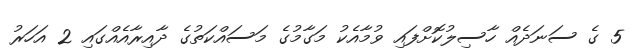
5 ގެ ސަނަދެއް ހާސިލުކޮށްފައި ވުމާއެކު މަގާމުގެ މަސައްކަތުގެ ދާއިރާއެއްގައި 2 އަހަރު